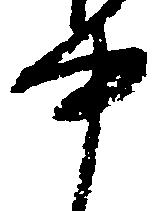
中